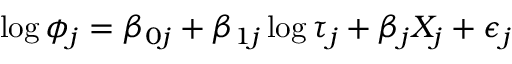
\log \phi _ { j } = \beta _ { 0 j } + \beta _ { 1 j } \log \tau _ { j } + \beta _ { j } X _ { j } + \epsilon _ { j }